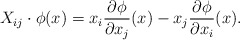
\begin{align*}X_{ij}\cdot \phi(x) = x_i {\partial \phi \over \partial x_j}(x) -x_j {\partial \phi\over \partial x_i}(x).\end{align*}